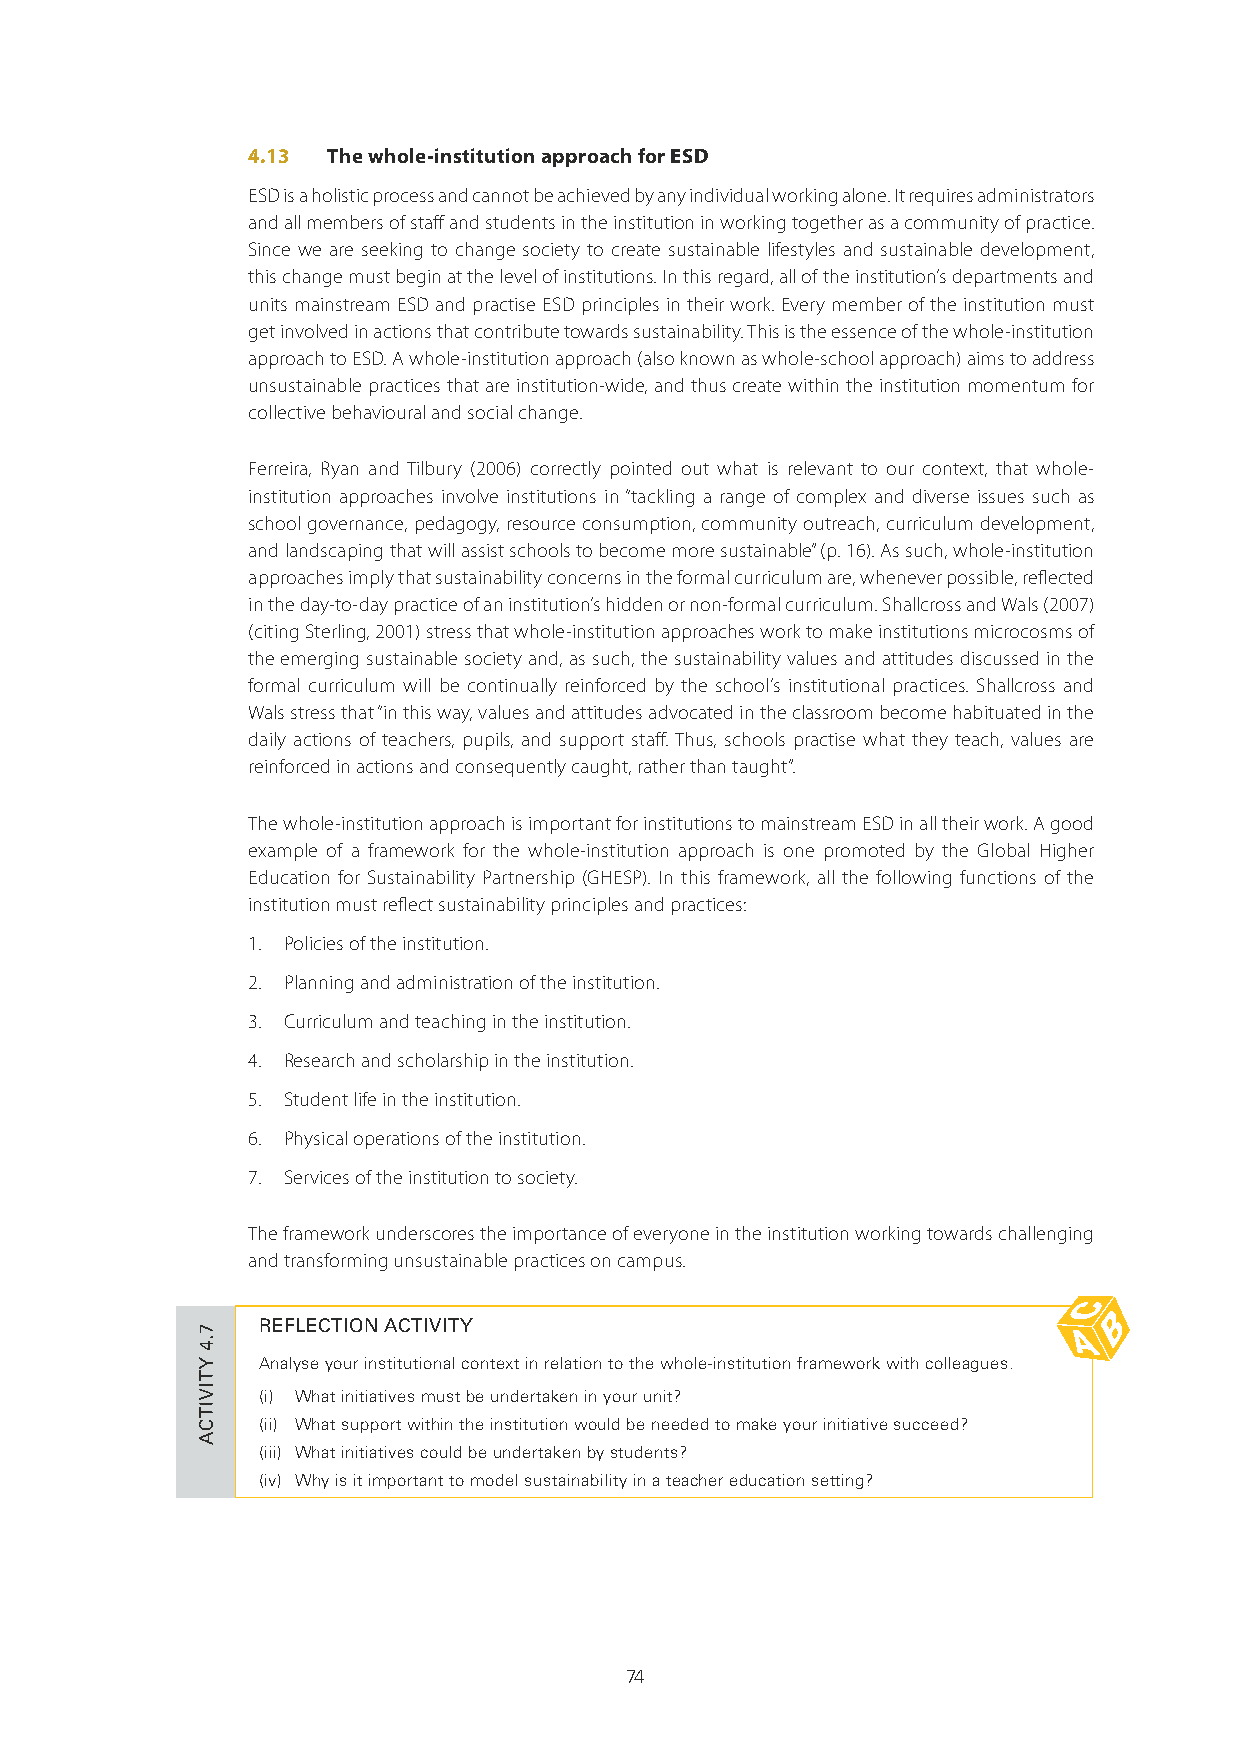
4.13  The whole-institution approach for ESD
 ESD is a holistic process and cannot be achieved by any individual working alone. It requires administrators
 and all members of staff and students in the institution in working together as a community of practice.
 Since we are seeking to change society to create sustainable lifestyles and sustainable development,
 this change must begin at the level of institutions. In this regard, all of the institution’s departments and
 units mainstream ESD and practise ESD principles in their work. Every member of the institution must
 get involved in actions that contribute towards sustainability. This is the essence of the whole-institution
 approach to ESD. A whole-institution approach (also known as whole-school approach) aims to address
 unsustainable practices that are institution-wide, and thus create within the institution momentum for
 collective behavioural and social change.
 Ferreira, Ryan and Tilbury (2006) correctly pointed out what is relevant to our context, that whole-
 institution approaches involve institutions in “tackling a range of complex and diverse issues such as
 school governance, pedagogy, resource consumption, community outreach, curriculum development,
 and landscaping that will assist schools to become more sustainable” (p. 16). As such, whole-institution
 approaches imply that sustainability concerns in the formal curriculum are, whenever possible, reflected
 in the day-to-day practice of an institution’s hidden or non-formal curriculum. Shallcross and Wals (2007)
 (citing Sterling, 2001) stress that whole-institution approaches work to make institutions microcosms of
 the emerging sustainable society and, as such, the sustainability values and attitudes discussed in the
 formal curriculum will be continually reinforced by the school’s institutional practices. Shallcross and
 Wals stress that “in this way, values and attitudes advocated in the classroom become habituated in the
 daily actions of teachers, pupils, and support staff. Thus, schools practise what they teach, values are
 reinforced in actions and consequently caught, rather than taught”.
 The whole-institution approach is important for institutions to mainstream ESD in all their work. A good
 example of a framework for the whole-institution approach is one promoted by the Global Higher
 Education for Sustainability Partnership (GHESP). In this framework, all the following functions of the
 institution must reflect sustainability principles and practices:
 1. Policies of the institution.
 2. Planning and administration of the institution.
 3. Curriculum and teaching in the institution.
 4. Research and scholarship in the institution.
 5. Student life in the institution.
 6. Physical operations of the institution.
 7. Services of the institution to society.
 The framework underscores the importance of everyone in the institution working towards challenging
 and transforming unsustainable practices on campus.
 REFLECTION ACTIVITY
 Analyse your institutional context in relation to the whole-institution framework with colleagues.
 (i) What initiatives must be undertaken in your unit?
 (ii) What support within the institution would be needed to make your initiative succeed?
 (iii) What initiatives could be undertaken by students?
 (iv) Why is it important to model sustainability in a teacher education setting?
 74
 7.4
 YTIVITCA